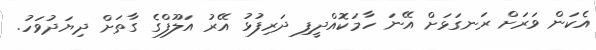
އެކަން ވަރަށް ރަނގަޅަށް އޭނަ ހާމަކޮއްދީފި ދަރިފުޅު އޭރު އަލޫފްގެ ގާތަށް ދިޔަދުވަހު.